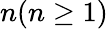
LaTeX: n(n\ge 1)